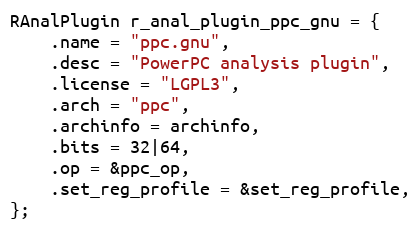
Language: C
RAnalPlugin r_anal_plugin_ppc_gnu = {
	.name = "ppc.gnu",
	.desc = "PowerPC analysis plugin",
	.license = "LGPL3",
	.arch = "ppc",
	.archinfo = archinfo,
	.bits = 32|64,
	.op = &ppc_op,
	.set_reg_profile = &set_reg_profile,
};